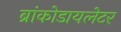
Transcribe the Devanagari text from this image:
ब्रांकोडायलेटर